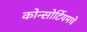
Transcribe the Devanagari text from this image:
कोन्सोर्टियमचे